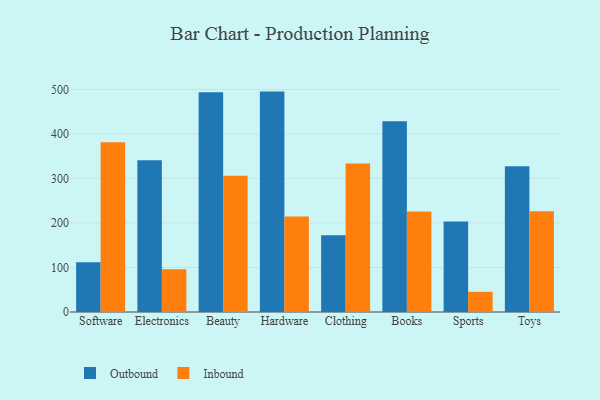
{"axis": {"x": "Category", "y": "Gross Profit (USD K)"}, "legend": ["Inbound", "Outbound"], "data": [{"x": "Software", "y": 111.6, "type": "Outbound"}, {"x": "Software", "y": 381.5, "type": "Inbound"}, {"x": "Electronics", "y": 340.7, "type": "Outbound"}, {"x": "Electronics", "y": 96.2, "type": "Inbound"}, {"x": "Beauty", "y": 493.5, "type": "Outbound"}, {"x": "Beauty", "y": 305.8, "type": "Inbound"}, {"x": "Hardware", "y": 495.0, "type": "Outbound"}, {"x": "Hardware", "y": 214.4, "type": "Inbound"}, {"x": "Clothing", "y": 172.2, "type": "Outbound"}, {"x": "Clothing", "y": 333.7, "type": "Inbound"}, {"x": "Books", "y": 428.3, "type": "Outbound"}, {"x": "Books", "y": 225.6, "type": "Inbound"}, {"x": "Sports", "y": 203.2, "type": "Outbound"}, {"x": "Sports", "y": 45.3, "type": "Inbound"}, {"x": "Toys", "y": 327.4, "type": "Outbound"}, {"x": "Toys", "y": 226.4, "type": "Inbound"}]}